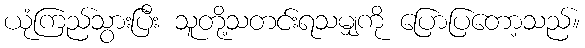
ယုံကြည်သွားပြီး သူတို့သတင်းရသမျှကို ပြောပြတော့သည်။